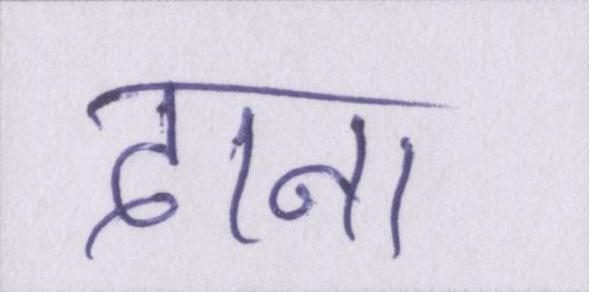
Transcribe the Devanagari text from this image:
दाना